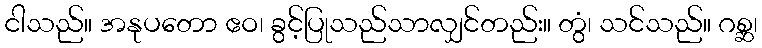
ငါသည်။ အနုပတော ဧဝ၊ ခွင့်ပြုသည်သာလျှင်တည်း။ တွံ၊ သင်သည်။ ဂစ္ဆ၊